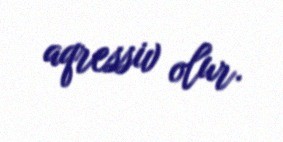
aqressiv olur.